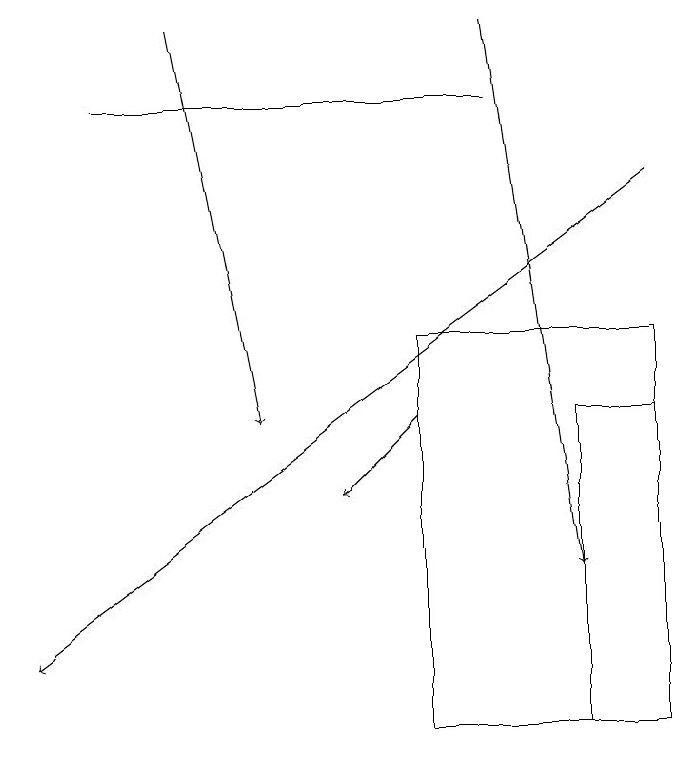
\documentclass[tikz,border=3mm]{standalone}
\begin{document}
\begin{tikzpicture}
\draw (9,14) rectangle (8,10);
\draw[->] (6,14) -- (5,13);
\draw[->] (7,19) -- (8,12);
\draw (6,15) rectangle (9,10);
\draw (7,18) rectangle (2,18);
\draw[->] (9,17) -- (1,11);
\draw[->] (3,19) -- (4,14);
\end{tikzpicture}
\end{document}